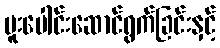
ပူးပေါင်းဆောင်ရွက်ခြင်းနှင့်